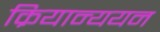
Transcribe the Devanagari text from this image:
क्रियान्ययन